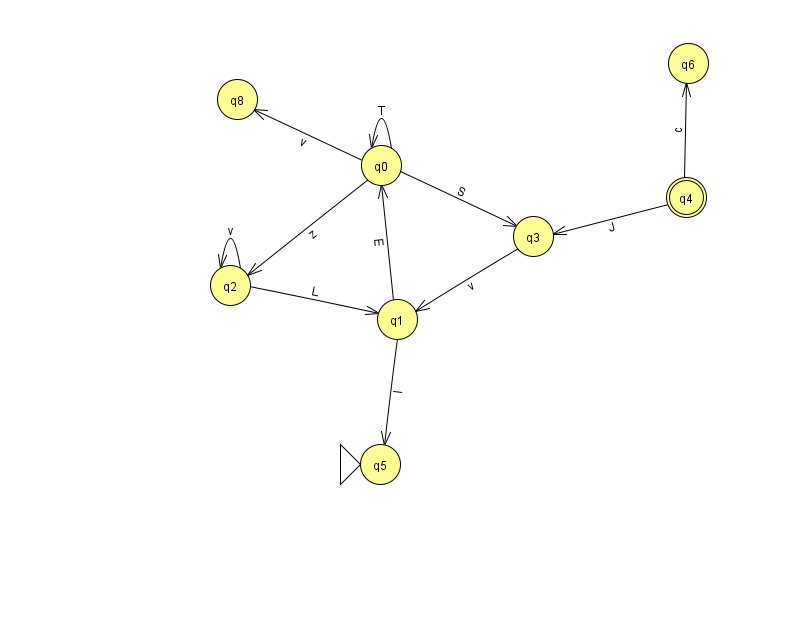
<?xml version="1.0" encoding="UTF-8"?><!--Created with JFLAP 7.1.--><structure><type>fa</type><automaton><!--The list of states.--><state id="0" name="q0"><x>381.0</x><y>152.0</y></state><state id="1" name="q1"><x>397.0</x><y>306.0</y></state><state id="2" name="q2"><x>230.0</x><y>272.0</y></state><state id="3" name="q3"><x>533.0</x><y>223.0</y></state><state id="4" name="q4"><x>686.0</x><y>184.0</y><final/></state><state id="5" name="q5"><x>380.0</x><y>451.0</y><initial/></state><state id="6" name="q6"><x>688.0</x><y>50.0</y></state><state id="8" name="q8"><x>237.0</x><y>86.0</y></state><!--The list of transitions.--><transition><from>1</from><to>0</to><read>E</read></transition><transition><from>4</from><to>3</to><read>J</read></transition><transition><from>0</from><to>0</to><read>T</read></transition><transition><from>2</from><to>2</to><read>v</read></transition><transition><from>1</from><to>5</to><read>I</read></transition><transition><from>0</from><to>3</to><read>S</read></transition><transition><from>0</from><to>8</to><read>v</read></transition><transition><from>3</from><to>1</to><read>v</read></transition><transition><from>2</from><to>1</to><read>L</read></transition><transition><from>0</from><to>2</to><read>z</read></transition><transition><from>4</from><to>6</to><read>c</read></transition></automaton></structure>